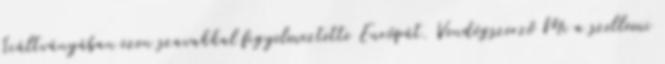
kiáltványában ezen szavakkal figyelmeztette Európát. Vendégszerző Mi a szellemi